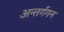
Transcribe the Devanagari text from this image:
अन्तर्गगन